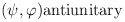
\begin{align*}(\psi ,\varphi ) & \hbox{antiunitary}\end{align*}